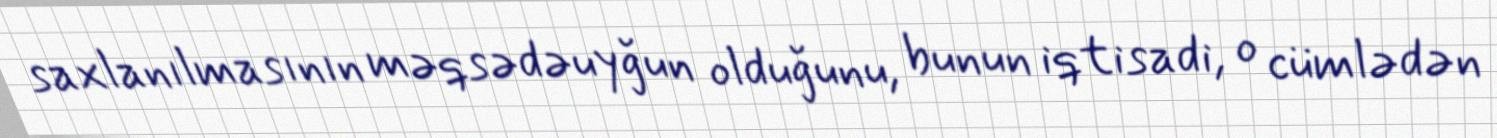
saxlanılmasının məqsədəuyğun olduğunu, bunun iqtisadi, o cümlədən